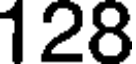
128